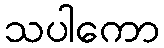
သပါကော